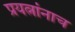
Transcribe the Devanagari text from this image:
प्रयत्नांनाच